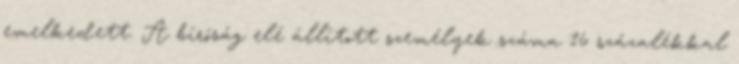
emelkedett. A bíróság elé állított személyek száma 16 százalékkal